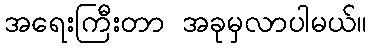
အရေးကြီးတာ အခုမှလာပါမယ်။